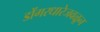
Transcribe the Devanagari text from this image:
डोंगरधारेजवळून